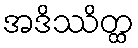
အဒိဿိတ္ထ